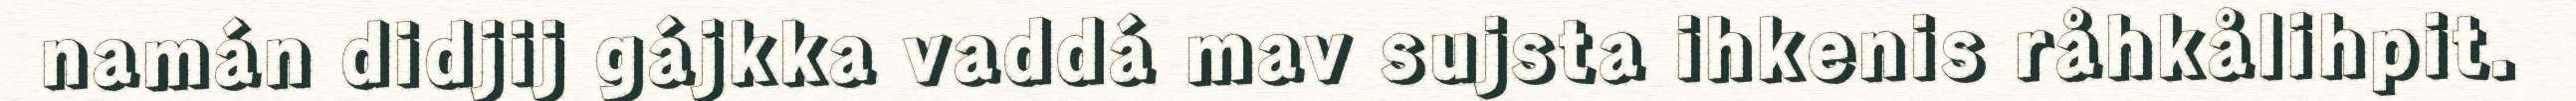
namán didjij gájkka vaddá mav sujsta ihkenis råhkålihpit.